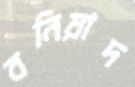
বনিয়াদ